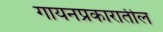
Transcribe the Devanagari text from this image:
गायनप्रकारातील